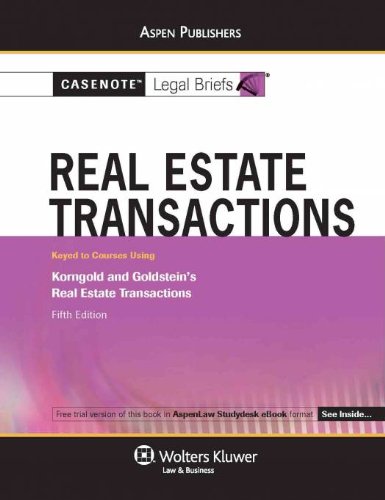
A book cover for Casenote Legal Briefs: Real Estate, Keyed to Goldstein and Korngold, Fifth Edition; Casenote Legal Briefs; Business & Money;